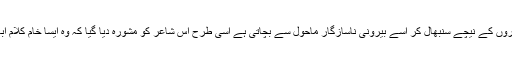
جس طرح مرغی اپنے کمزور چوزوں کو پروں کے نیچے سنبھال کر اسے بیرونی ناسازگار ماحول سے بچاتی ہے اسی طرح اس شاعر کو مشورہ دیا گیا کہ وہ ایسا خام کلام ابھی باہر نہ نکالے اور اسے چھپا کر رکھے۔